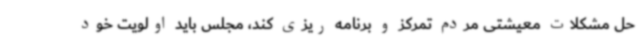
حل مشکلات معیشتی مردم تمرکز و برنامه ریزی کند، مجلس باید اولویت خود